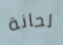
لحانة